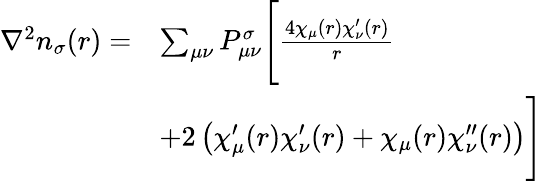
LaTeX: \begin{array}{rl}{\nabla^{2}n_{\sigma}(r)=}&{\sum_{\mu\nu}P_{\mu\nu}^{\sigma}\Bigg[\frac{4\chi_{\mu}(r)\chi_{\nu}^{\prime}(r)}{r}}\\ &{+2\left(\chi_{\mu}^{\prime}(r)\chi_{\nu}^{\prime}(r)+\chi_{\mu}(r)\chi_{\nu}^{\prime\prime}(r)\right)\Bigg]}\end{array}